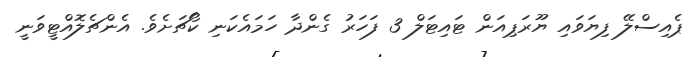
ޕެއިސްލޭ ފިޔަވައި ޔޫރަޕިއަން ޓައިޓަލް 3 ފަހަރު ގެންދާ ހަމައެކަނި ކޯޗަށެވެ. އެންޗެލޮއްޓީވަނީ